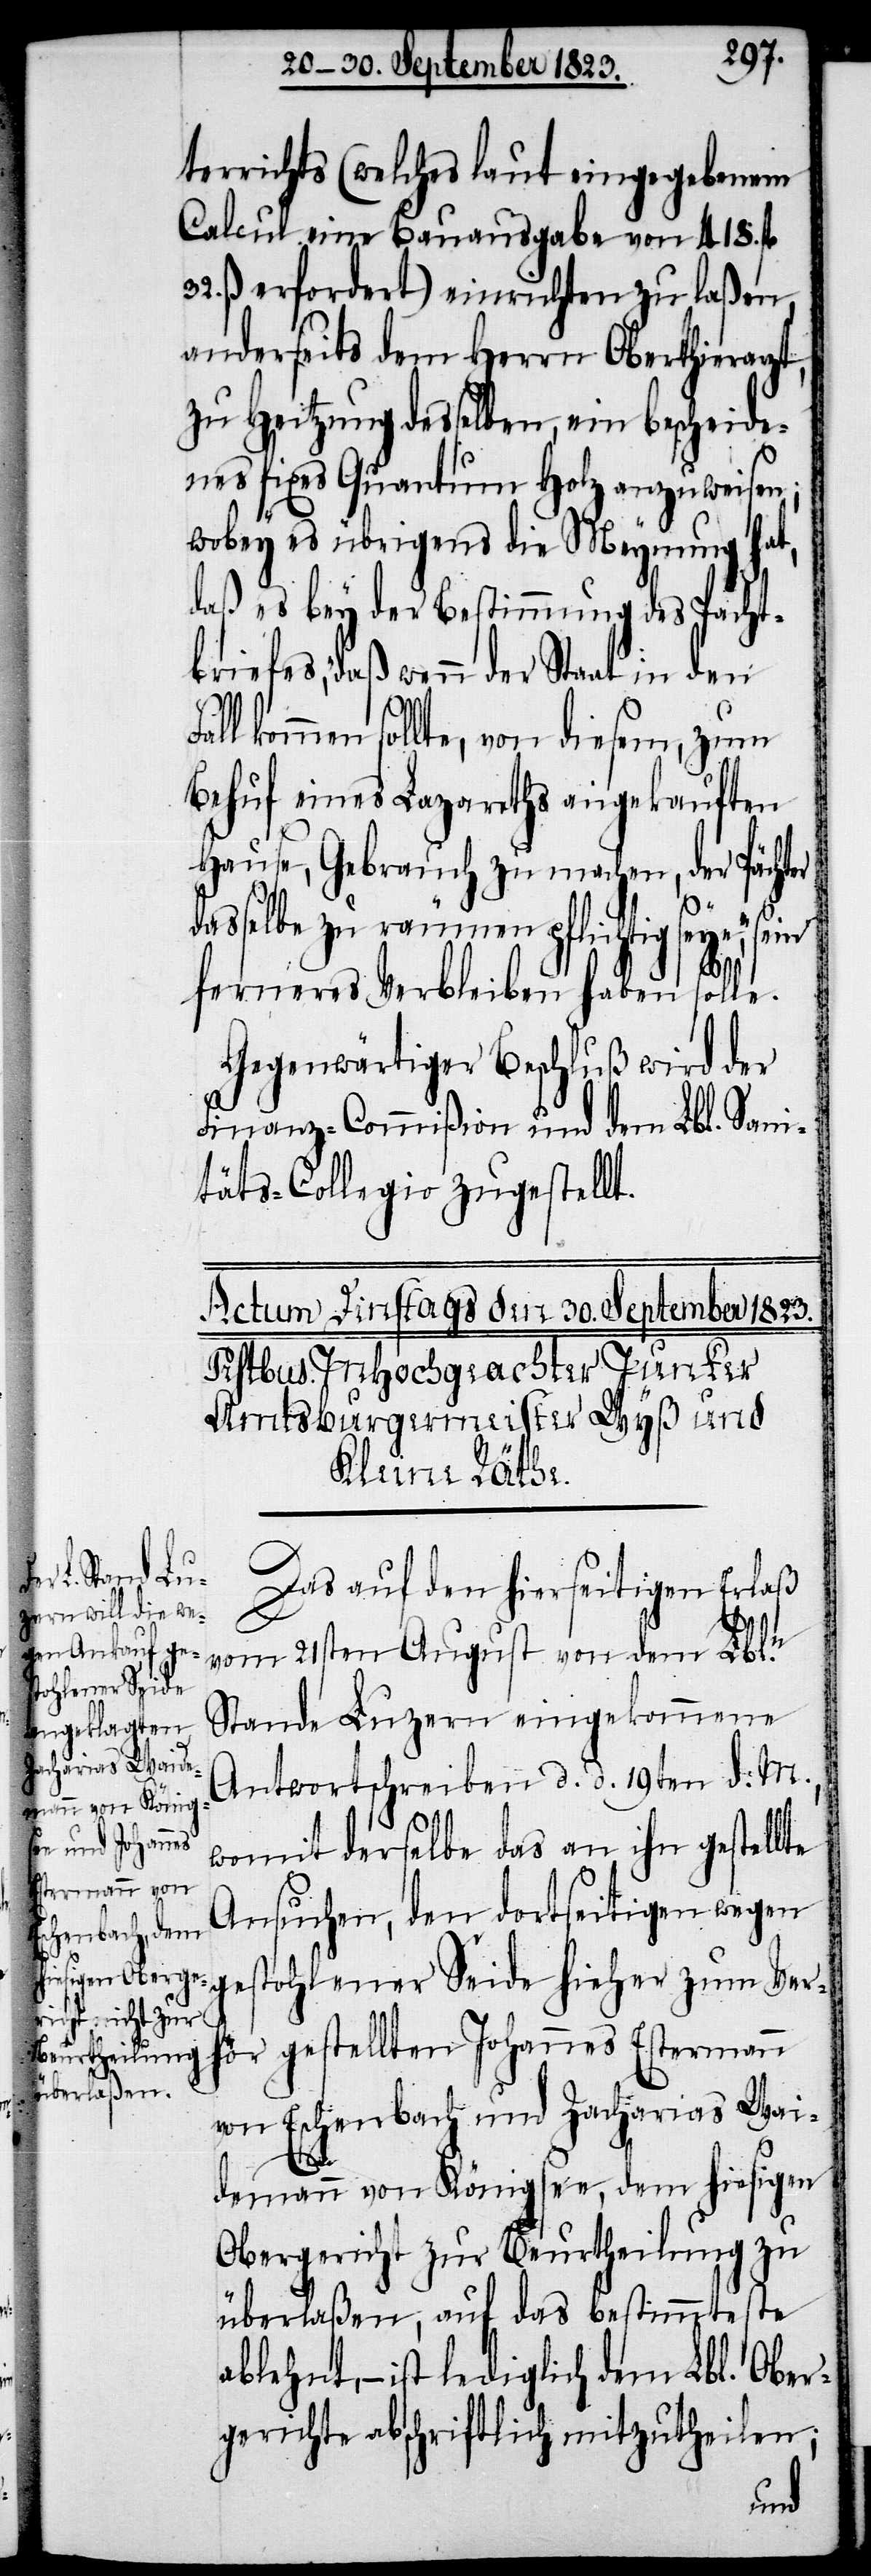
terrichts (welches laut eingegebenem
Calcul eine Bauausgabe von 418. fl
ß erfordert) einrichten zu laßen,
anderseits dem Herrn Oberthierarzt,
zu Heitzung desselben, ein bescheide¬
nes fixes Quantum Holz anzuweisen;
wobey es übrigens die Meynung hat,
daß es bey der Bestimmung des Pacht¬
briefes, „daß wenn der Staat in den
kommen sollte, von diesem, zum
Behuf eines Lazareths angekauften
Hause, Gebrauch zu machen, der Pächter
dasselbe zu räumen pflichtig seye“,
ferneres Verbleiben haben solle.
Gegenwärtiger Beschluß wird der
Finanz-Commißion und dem Lbl. Sani¬
täts-Collegio zugestellt.
Das auf den hierseitigen Erlaß
vom 21sten August von dem Lbl.n
Stande Luzern eingekommene
Antwortschreiben d. d. 19ten d. M.,
womit derselbe das an ihn gestellte
Ansuchen, den dortseitigen wegen
gestohlener Seide hieher zum Ver¬
hör gestellten Johannes Estermann
von Eschenbach und Zacharias Wai¬
demann von Königsee, dem hiesigen
Obergericht zur Beurtheilung zu
überlaßen, auf das bestimmteste
ablehnt, − ist lediglich dem Lbl. Ober¬
gerichte abschriftlich mitzutheilen;